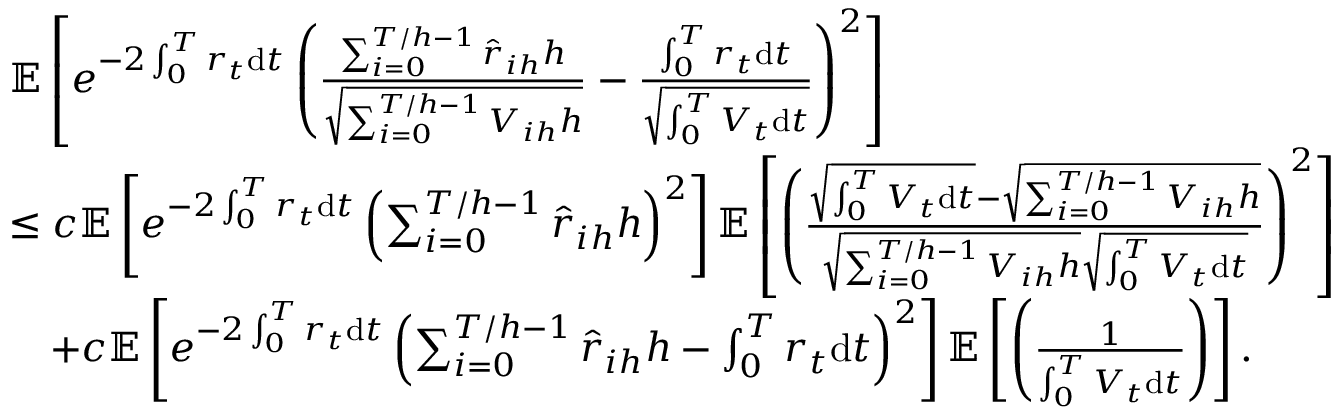
\begin{array} { r l } & { \mathbb { E } \left[ e ^ { - 2 \int _ { 0 } ^ { T } r _ { t } \mathrm { d } t } \left( \frac { \sum _ { i = 0 } ^ { T / h - 1 } \hat { r } _ { i h } h } { \sqrt { \sum _ { i = 0 } ^ { T / h - 1 } V _ { i h } h } } - \frac { \int _ { 0 } ^ { T } r _ { t } \mathrm { d } t } { \sqrt { \int _ { 0 } ^ { T } V _ { t } \mathrm { d } t } } \right) ^ { 2 } \right] } \\ & { \leq c \mathbb { E } \left[ e ^ { - 2 \int _ { 0 } ^ { T } r _ { t } \mathrm { d } t } \left( \sum _ { i = 0 } ^ { T / h - 1 } \hat { r } _ { i h } h \right) ^ { 2 } \right] \mathbb { E } \left[ \left( \frac { \sqrt { \int _ { 0 } ^ { T } V _ { t } \mathrm { d } t } - \sqrt { \sum _ { i = 0 } ^ { T / h - 1 } V _ { i h } h } } { \sqrt { \sum _ { i = 0 } ^ { T / h - 1 } V _ { i h } h } \sqrt { \int _ { 0 } ^ { T } V _ { t } \mathrm { d } t } } \right) ^ { 2 } \right] } \\ & { \quad + c \mathbb { E } \left[ e ^ { - 2 \int _ { 0 } ^ { T } r _ { t } \mathrm { d } t } \left( \sum _ { i = 0 } ^ { T / h - 1 } \hat { r } _ { i h } h - \int _ { 0 } ^ { T } r _ { t } \mathrm { d } t \right) ^ { 2 } \right] \mathbb { E } \left[ \left( \frac { 1 } { \int _ { 0 } ^ { T } V _ { t } \mathrm { d } t } \right) \right] . } \end{array}